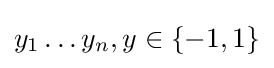
y_{1}\dots y_{n},y\in \{-1,1\}